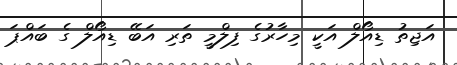
އަޖިތު ޑިއޯލް އަކީ މިހާރުގެ ފިލްމީ ތަރި އަބޭ ޑިއޯލް ގެ ބައްޕަ